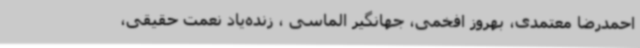
احمدرضا معتمدی‌، بهروز افخمی، جهانگیر الماسی‌ ،‌ زنده‌یاد نعمت حقیقی،